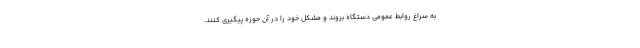
به سراغ روابط عمومی دستگاه بروند و مشکل خود را در آن حوزه پیگیری کنند.